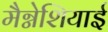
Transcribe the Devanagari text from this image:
मैग्नेशियाई